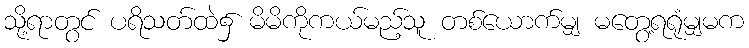
သို့ရာတွင် ပရိသတ်ထဲ၌ မိမိကိုကယ်မည့်သူ တစ်ယောက်မျှ မတွေ့ရရုံမျှမက